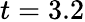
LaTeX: t=3.2